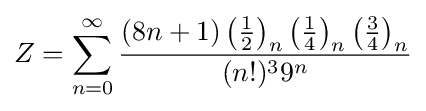
Z=\sum _{n=0}^{\infty }{\frac {(8n+1)\left({\frac {1}{2}}\right)_{n}\left({\frac {1}{4}}\right)_{n}\left({\frac {3}{4}}\right)_{n}}{(n!)^{3}{9}^{n}}}